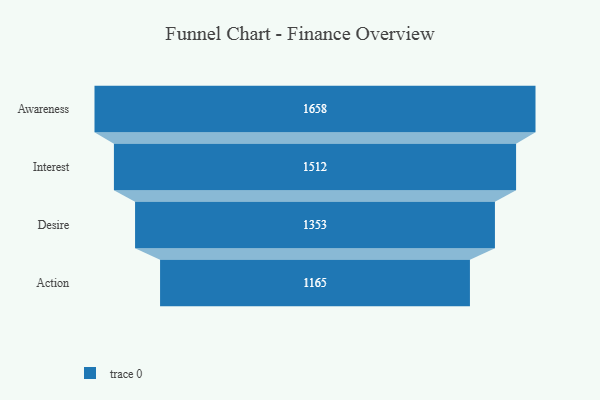
{"axis": {"x": "Stage", "y": "Value"}, "legend": [""], "data": [{"x": "Awareness", "y": 1658.0, "type": ""}, {"x": "Interest", "y": 1512.0, "type": ""}, {"x": "Desire", "y": 1353.0, "type": ""}, {"x": "Action", "y": 1165.0, "type": ""}]}